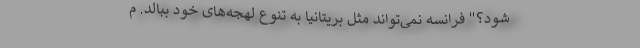
شود؟" فرانسه نمی‌تواند مثل بریتانیا به تنوع لهجه‌های خود ببالد. م